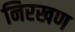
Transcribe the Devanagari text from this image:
निरखण